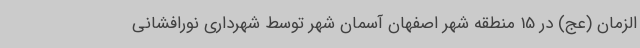
الزمان (عج) در 15 منطقه شهر اصفهان آسمان شهر توسط شهرداری نورافشانی